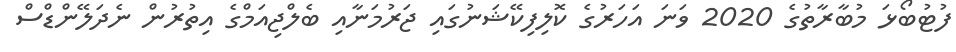
ފުޓުބޯޅަ މުބާރާތުގެ 2020 ވަނަ އަހަރުގެ ކޮލިފިކޭޝަނުގައި ޖަރުމަނާއި ބެލްޖިއަމްގެ އިތުރުން ނެދަލޭންޑްސް